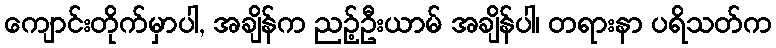
ကျောင်းတိုက်မှာပါ, အချိန်က ညဉ့်ဦးယာမ် အချိန်ပါ၊ တရားနာ ပရိသတ်က